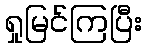
ရှုမြင်ကြပြီး